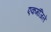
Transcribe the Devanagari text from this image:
एकमंजिले